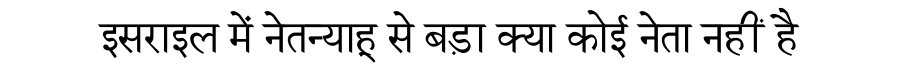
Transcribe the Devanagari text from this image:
इसराइल में नेतन्याहू से बड़ा क्या कोई नेता नहीं है